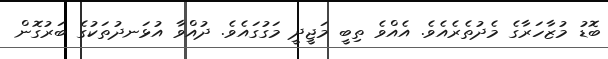
ބޮޑު މުޒާހަރާގެ މެދުތެރެއެވެ. އެއްވެ ތިބީ މަޖީދީ މަގުގައެވެ. ދުއްވާ އުޅަނދުތަކުގެ ބަރުގޮން